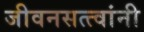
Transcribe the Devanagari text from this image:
जीवनसत्त्वांनी